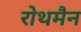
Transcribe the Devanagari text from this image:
रोथमैन